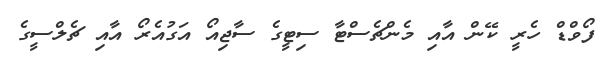
ފޯވްޑް ހެރީ ކޭން އާއި މެންޗެސްޓާ ސިޓީގެ ސާޖިއޯ އަގުއެރޯ އާއި ޗެލްސީގެ